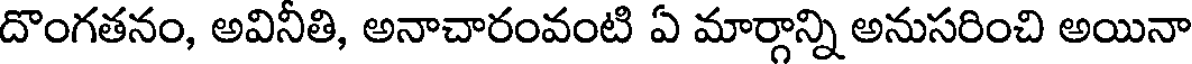
దొంగతనం, అవినీతి, అనాచారంవంటి ఏ మార్గాన్ని అనుసరించి అయినా